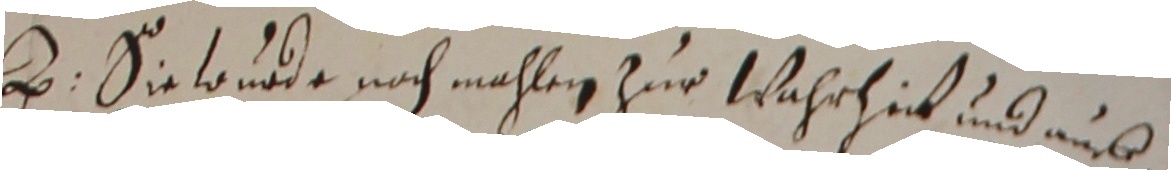
H. siewude noch mahlen zur Wahrheit und aus